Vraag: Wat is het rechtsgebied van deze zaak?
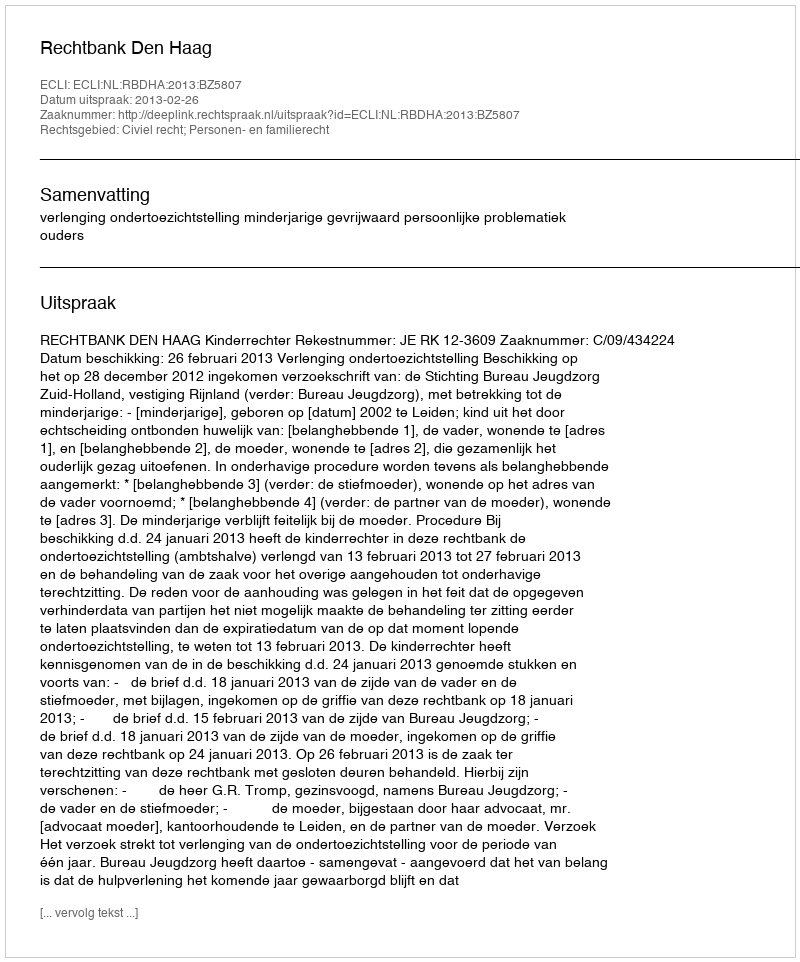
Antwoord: Civiel recht; Personen- en familierecht